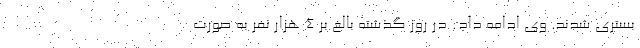
بستری شدند. وی ادامه داد: در روز گذشته بالغ بر ۴ هزار نفر به صورت